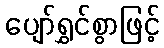
ပျော်ရွှင်စွာဖြင့်